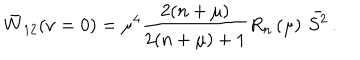
\bar { W } _ { 1 2 } ( \nu = 0 ) = \mu ^ { 4 } \frac { 2 ( n + \mu ) } { 2 ( n + \mu ) + 1 } R _ { n } \left( \mu \right) \, \bar { S ^ { 2 } } \, .